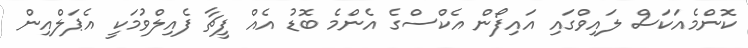
ކޮންމެއަކަސް ލައިވްގައި އައިފޯން އެކްސްގެ އެންމެ ބޮޑު އެއް ފީޗާ ފެއިލްވުމަކީ އެޕަލްއިން